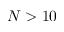
N > 1 0